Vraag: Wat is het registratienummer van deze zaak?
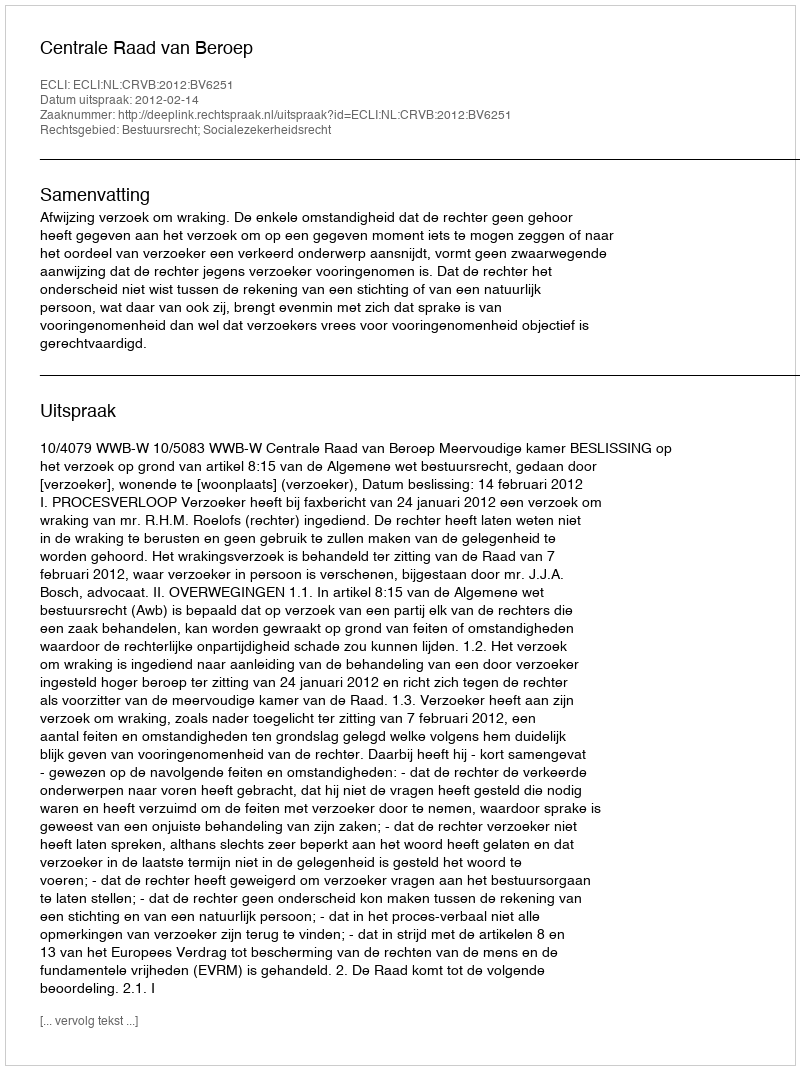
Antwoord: http://deeplink.rechtspraak.nl/uitspraak?id=ECLI:NL:CRVB:2012:BV6251